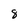
Character: 8